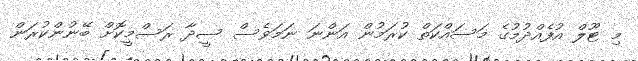
މި ޓޫލް އުފެއްދުމުގެ މަސައްކަތް ކުރަމުން އަންނަ ނަމަވެސް ސީދާ ރަސްމީކޮށް ބޭނުންކުރަން